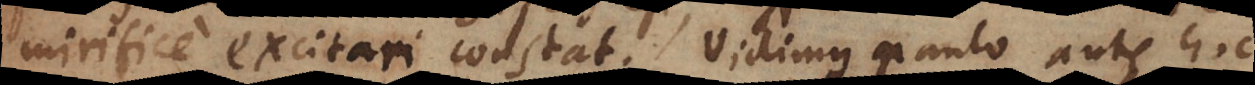
mirifice excitari constat. Vidimus paulo ante hoc